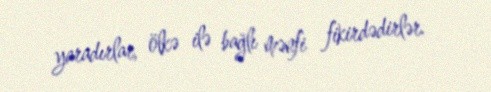
yaradırlar, ölkə ilə bağlı mənfi fikirdədirlər.